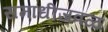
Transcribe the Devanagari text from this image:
समाधीजवळ